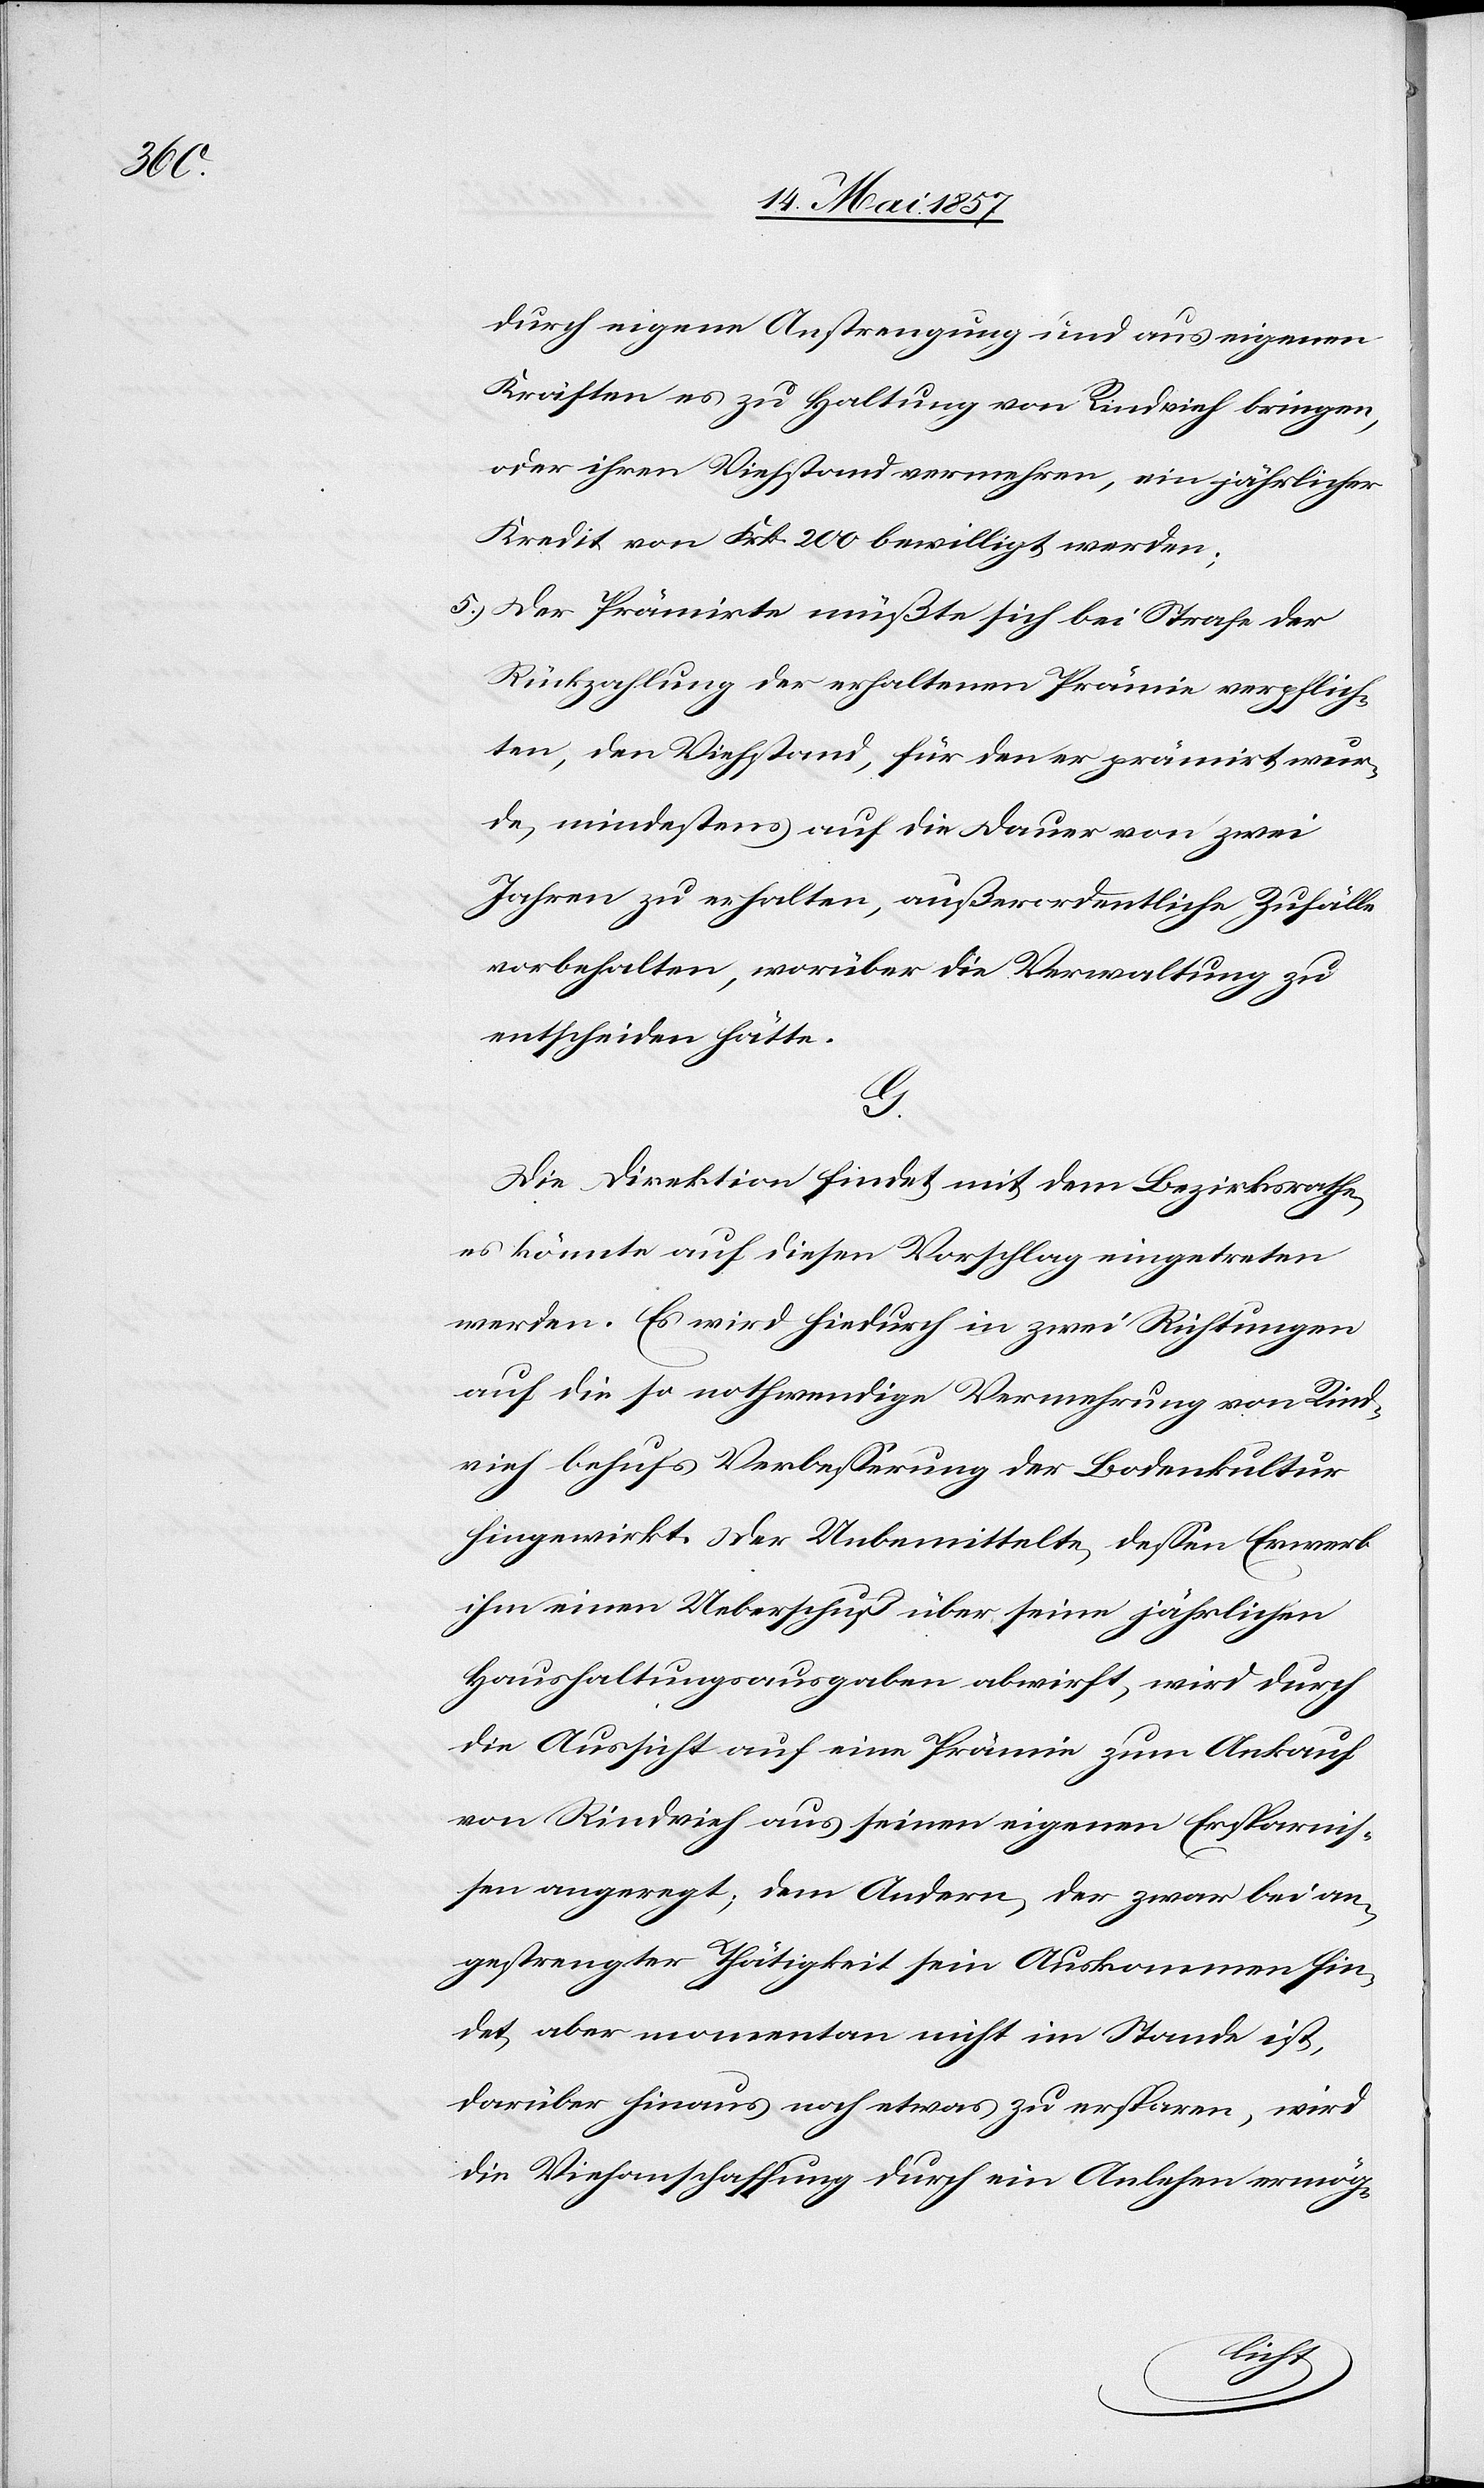
durch eigene Anstrengung und aus eigenen
Kräften es zu Haltung von Rindvieh bringen,
oder ihren Viehstand vermehren, ein jährlicher
Kredit von Frk. 2000 bewilligt werden;
5.) Der Prämirte müßte sich bei Strafe der
Rückzahlung der erhaltenen Prämie verpflich¬
ten, den Viehstand, für den er prämirt wur¬
de, mindestens auf die Dauer von zwei
Jahren zu erhalten, außerordentliche Zufälle
vorbehalten, worüber die Verwaltung zu
entscheiden hätte.
G.
Die Direktion findet mit dem Bezirksrathe
es könnte auf diesen Vorschlag eingetreten
werden. Es wird hiedurch in zwei Richtungen
auf die so nothwendige Vermehrung von Rind¬
vieh behufs Verbesserung der Bodenkultur
hingewirkt. Der Uebermittelte dessen Erwerb
ihm einen Ueberschuß über seine jährlichen
Haushaltungsausgaben abwirft, wird durch
die Aussicht auf eine Prämie zum Ankauf
von Rindvieh aus seinen eigenen Ersparnis¬
sen angeregt; dem Andern der zwar bei an¬
gestrengter Thätigkeit sein Auskommen fin¬
det aber momentan nicht im Stande ist,
darüber hinaus noch etwas zu ersparen, wird
die Viehanschaffung durch ein Anlehen ermög-